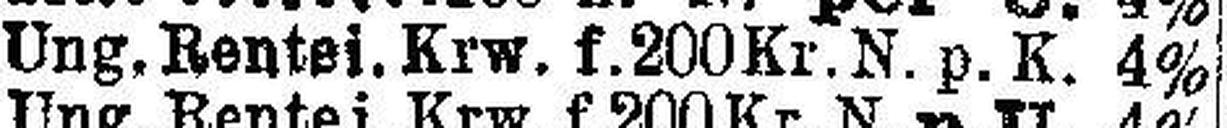
Ung. Rentei. Krw. f. 200 Kr. N. p. K. 4%